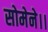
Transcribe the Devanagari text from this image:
सोमेने।।